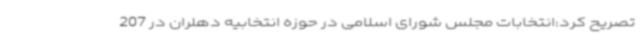
تصریح کرد:انتخابات مجلس شورای اسلامی در حوزه انتخابیه دهلران در 207